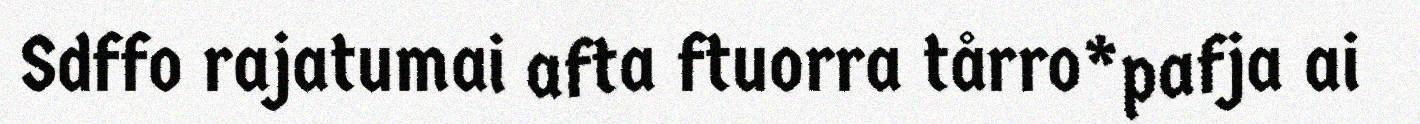
Sdffo rajatumai afta ftuorra tårro*pafja ai